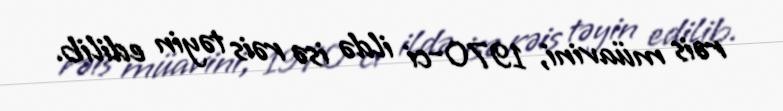
rəis müavini, 1970-ci ildə isə rəis təyin edilib.